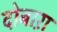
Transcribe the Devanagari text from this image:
दोबाऱा